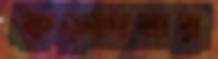
কড়্‌কাবার